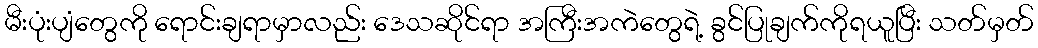
မီးပုံးပျံတွေကို ရောင်းချရာမှာလည်း ဒေသဆိုင်ရာ အကြီးအကဲတွေရဲ့ ခွင်ပြုချက်ကိုရယူပြီး သတ်မှတ်